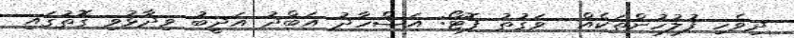
ދިވެހި ފުލުހުންތަކެއް  ވަގުތު ފޮޓޯ: އަޝްހާދު އަބްދު އަދީބު ވިދާޅުވި ގޮތުގައި